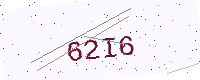
Text: 62I6